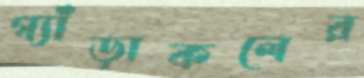
গ্যাঁড়াকলের